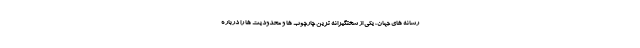
رسانه های جهان، یکی از سختگیرانه ترین چارچوب ها و محدودیت ها را درباره